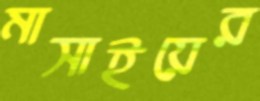
মাসাইয়ের